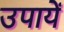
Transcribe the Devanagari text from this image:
उपायें